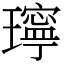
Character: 𤪥